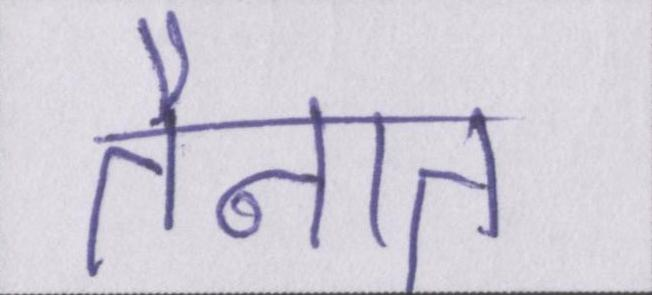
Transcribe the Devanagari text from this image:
तैनात